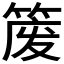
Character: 𫂈